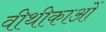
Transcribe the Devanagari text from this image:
वीथीकाओं